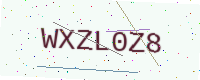
Text: WXZL0Z8